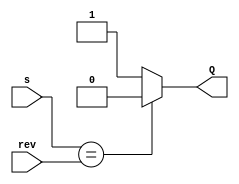
module trigger(
	input wire s,
	input wire rev,
	output reg Q);
	always@ (s or rev)
	if (s == rev)
		Q = 0;
	else
		Q = 1;
endmodule